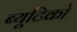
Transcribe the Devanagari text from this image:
ब्यूटिको